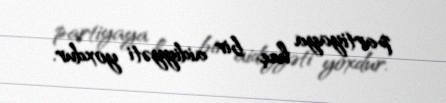
partiyaya heç bir aidiyyəti yoxdur.